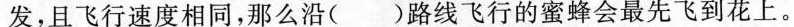
发，且飞行速度相同，那么沿( )路线飞行的蜜蜂会最先飞到花上。